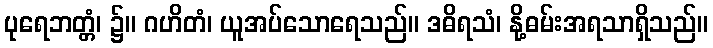
ပုရေဘတ္တံ၊ ၌။ ဂဟိတံ၊ ယူအပ်သောရေသည်။ ဒဓိရသံ၊ နို့ဓမ်းအရသာရှိသည်။